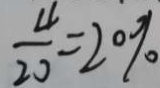
\frac { 4 } { 2 0 } = 2 0 \%